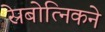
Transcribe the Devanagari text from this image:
स्रेबोत्निकने